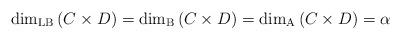
LaTeX: \begin{align*}\dim_{\rm LB}\left(C\times D\right)=\dim_{\rm B}\left(C\times D\right)=\dim_{\rm A}\left(C\times D\right)=\alpha\end{align*}